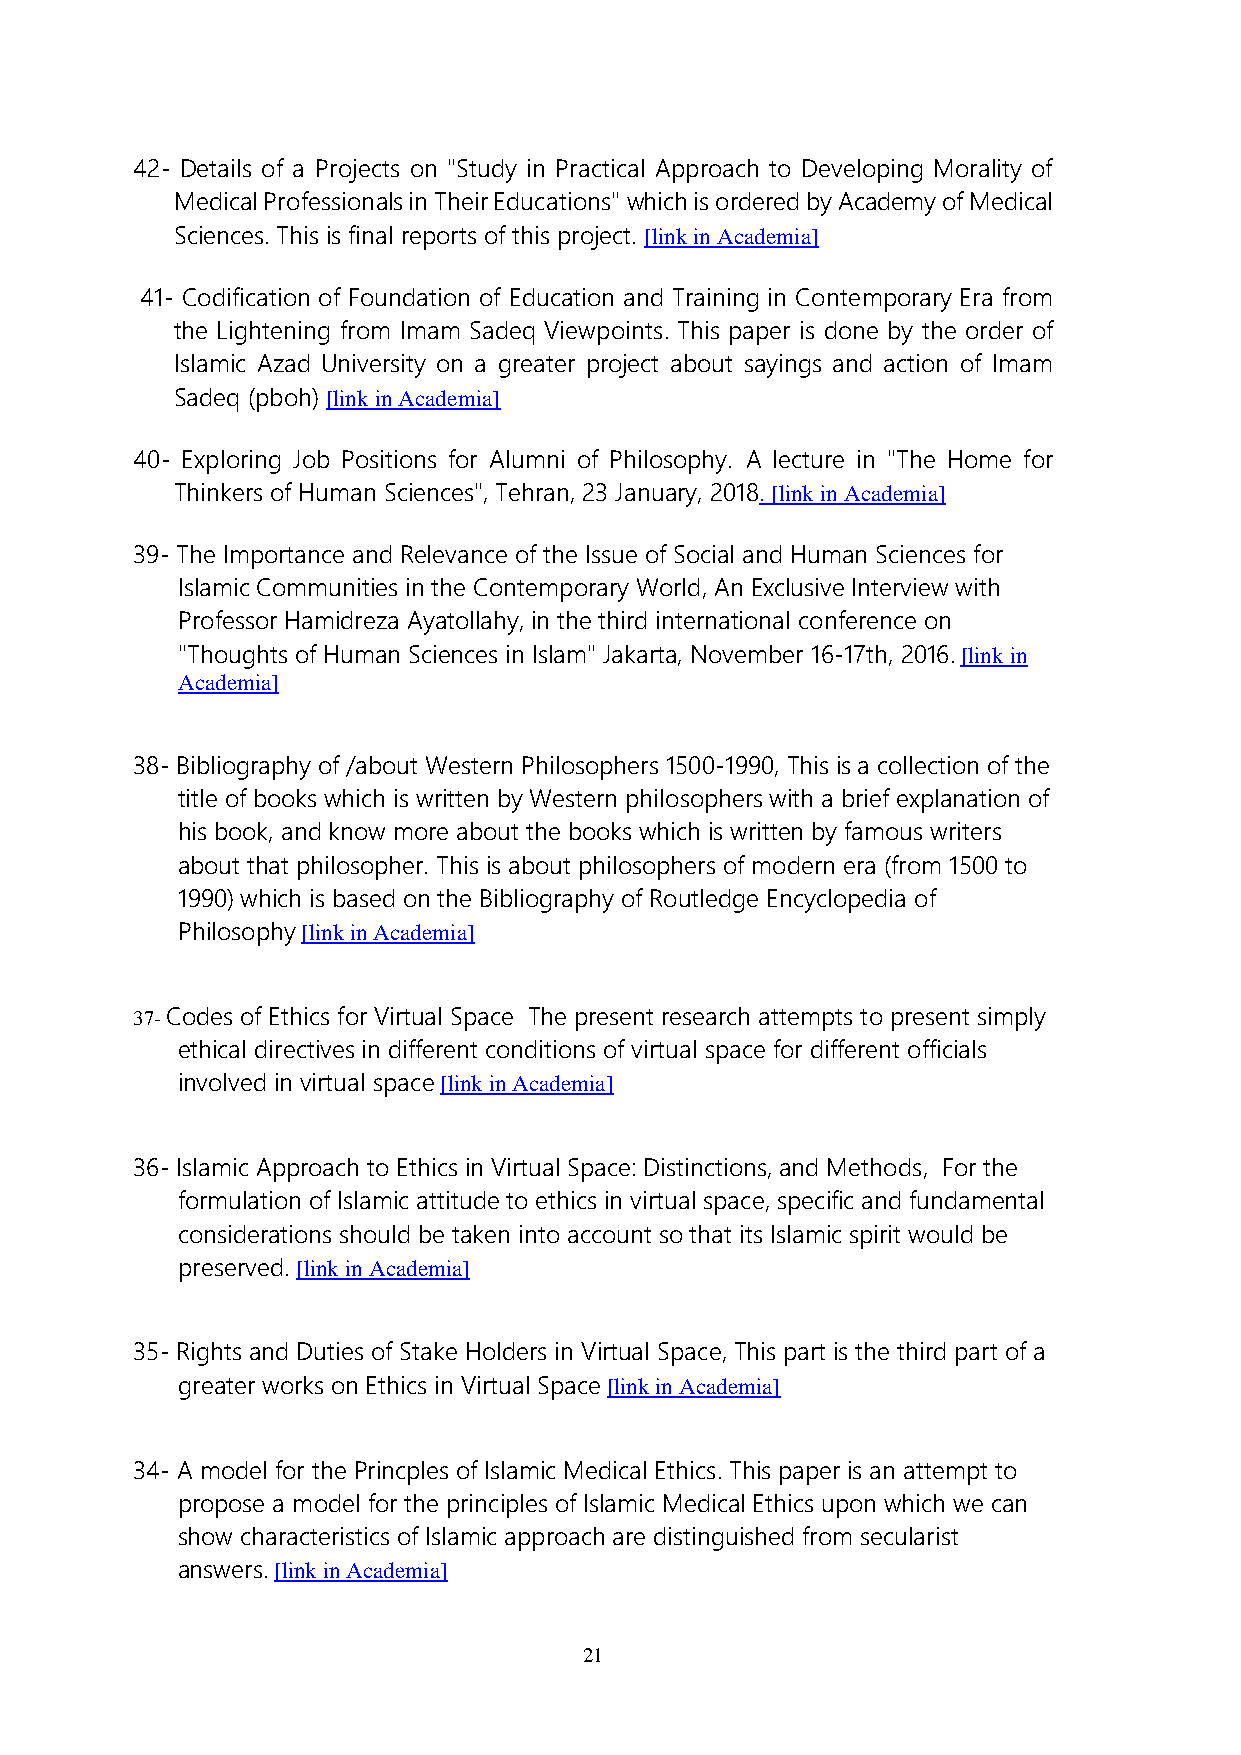
42- Details of a Projects on "Study in Practical Approach to Developing Morality of
 Medical Professionals in Their Educations" which is ordered by Academy of Medical
 Sciences. This is final reports of this project. [link in Academia]
 41- Codification of Foundation of Education and Training in Contemporary Era from
 the Lightening from Imam Sadeq Viewpoints. This paper is done by the order of
 Islamic Azad University on a greater project about sayings and action of Imam
 Sadeq (pboh) [link in Academia]
 40- Exploring Job Positions for Alumni of Philosophy. A lecture in "The Home for
 Thinkers of Human Sciences", Tehran, 23 January, 2018. [link in Academia]
 39- The Importance and Relevance of the Issue of Social and Human Sciences for
 Islamic Communities in the Contemporary World, An Exclusive Interview with
 Professor Hamidreza Ayatollahy, in the third international conference on
 "Thoughts of Human Sciences in Islam" Jakarta, November 16-17th, 2016. [link in
 Academia]
 38- Bibliography of /about Western Philosophers 1500-1990, This is a collection of the
 title of books which is written by Western philosophers with a brief explanation of
 his book, and know more about the books which is written by famous writers
 about that philosopher. This is about philosophers of modern era (from 1500 to
 1990) which is based on the Bibliography of Routledge Encyclopedia of
 Philosophy [link in Academia]
 37- Codes of Ethics for Virtual Space The present research attempts to present simply
 ethical directives in different conditions of virtual space for different officials
 involved in virtual space [link in Academia]
 36- Islamic Approach to Ethics in Virtual Space: Distinctions, and Methods, For the
 formulation of Islamic attitude to ethics in virtual space, specific and fundamental
 considerations should be taken into account so that its Islamic spirit would be
 preserved. [link in Academia]
 35- Rights and Duties of Stake Holders in Virtual Space, This part is the third part of a
 greater works on Ethics in Virtual Space [link in Academia]
 34- A model for the Princples of Islamic Medical Ethics. This paper is an attempt to
 propose a model for the principles of Islamic Medical Ethics upon which we can
 show characteristics of Islamic approach are distinguished from secularist
 answers. [link in Academia]
 21